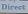
direct